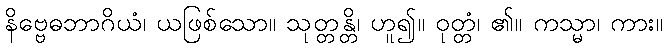
နိဗ္ဗေဓဘာဂိယံ၊ ယဖြစ်သော။ သုတ္တန္တိ၊ ဟူ၍။ ဝုတ္တံ၊ ၏။ ကသ္မာ၊ ကား။